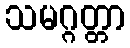
သမဂ္ဂတ္တာ